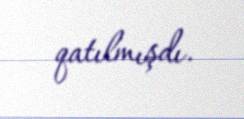
qatılmışdı.